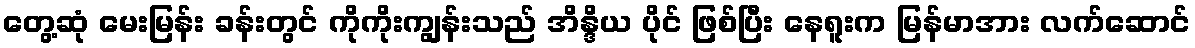
တွေ့ဆုံ မေးမြန်း ခန်းတွင် ကိုကိုးကျွန်းသည် အိန္ဒိယ ပိုင် ဖြစ်ပြီး နေရူးက မြန်မာအား လက်ဆောင်